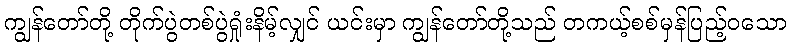
ကျွန်တော်တို့ တိုက်ပွဲတစ်ပွဲရှုံးနိမ့်လျှင် ယင်းမှာ ကျွန်တော်တို့သည် တကယ့်စစ်မှန်ပြည့်ဝသော